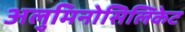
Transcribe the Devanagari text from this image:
अलुमिनोसिलिकेट